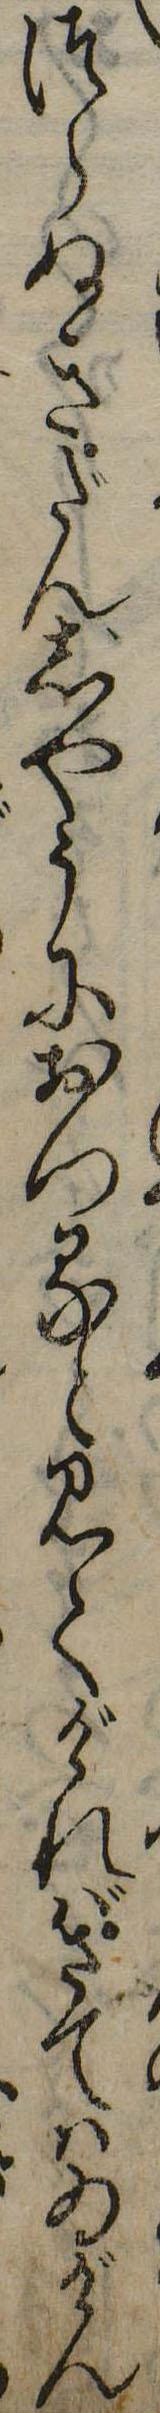
つらぬきだんじやうにおつると見てげればさてはゐげん